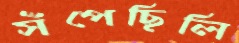
সঁপেছিলি